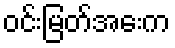
ဝင်းမြတ်အေးက